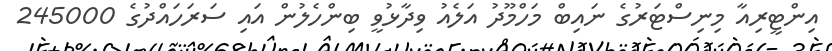
އިންޓީރިއާ މިނިސްޓަރުގެ ނައިބް މަހްމޫދު އަލެއު ވިދާޅުވީ ބިންހެލުން އައި ސަރަހައްދުގެ 245000